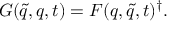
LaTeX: G ( \widetilde { q } , q , t ) = F ( q , \widetilde { q } , t ) ^ { \dagger } .